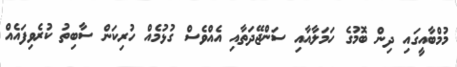
މުމްބާއީގައި ދިން ބޮމުގެ ހަމަލާއާއި ސަންޖޭދަތާއި އެއްވެސް ގުޅުމެއް ހުރިކަން ސާބިތު ކުރެވިފައެއް